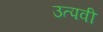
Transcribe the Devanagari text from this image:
उत्पवी